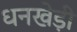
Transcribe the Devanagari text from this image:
धनखेड़ी